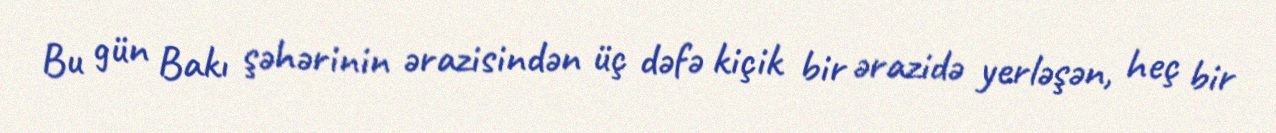
Bu gün Bakı şəhərinin ərazisindən üç dəfə kiçik bir ərazidə yerləşən, heç bir